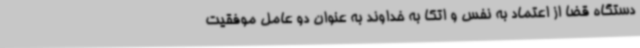
دستگاه قضا از اعتماد به نفس و اتکا به خداوند به عنوان دو عامل موفقیت